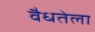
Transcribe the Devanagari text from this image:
वैधतेला